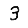
Digit: 3